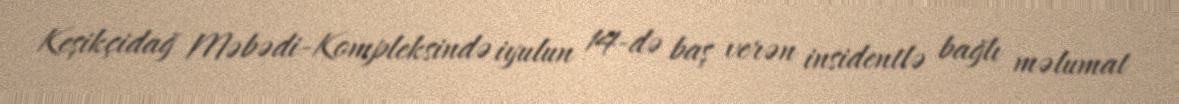
Keşikçidağ Məbədi-Kompleksində iyulun 14-də baş verən insidentlə bağlı məlumat